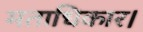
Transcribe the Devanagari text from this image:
मताधिकार।